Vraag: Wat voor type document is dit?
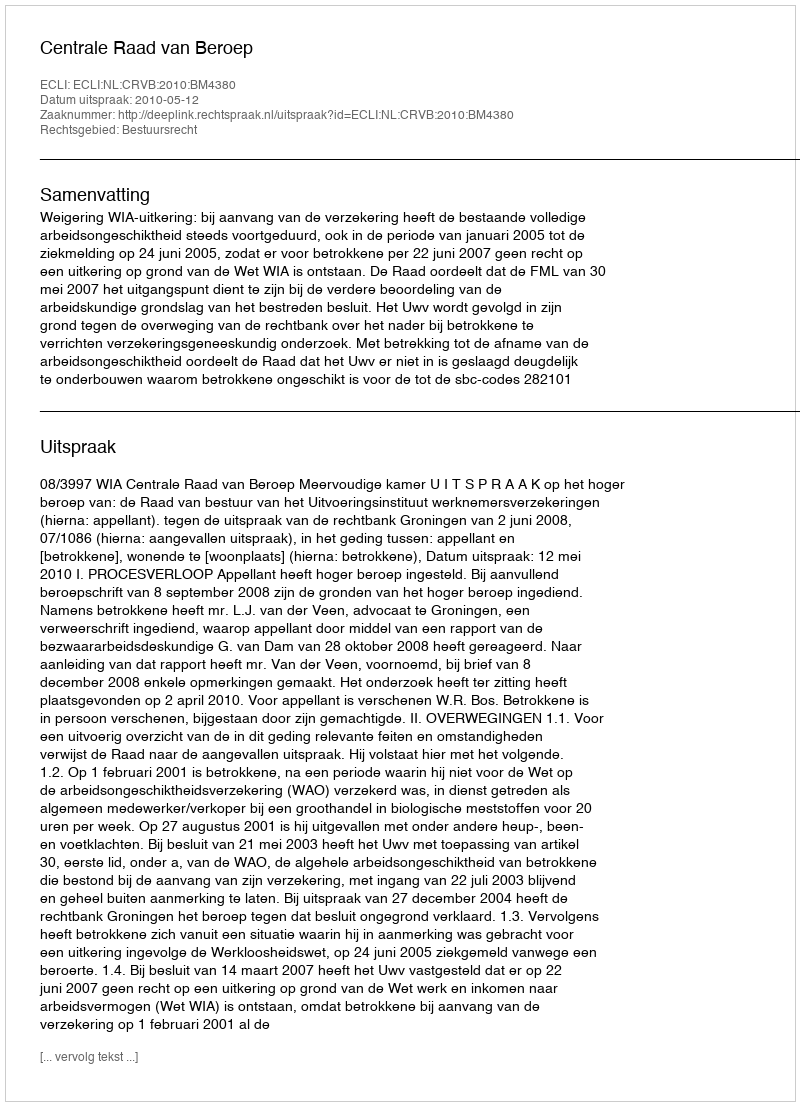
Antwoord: Uitspraak